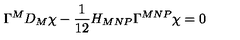
\Gamma ^ { M } D _ { M } \chi - \frac 1 { 1 2 } H _ { M N P } \Gamma ^ { M N P } \chi = 0